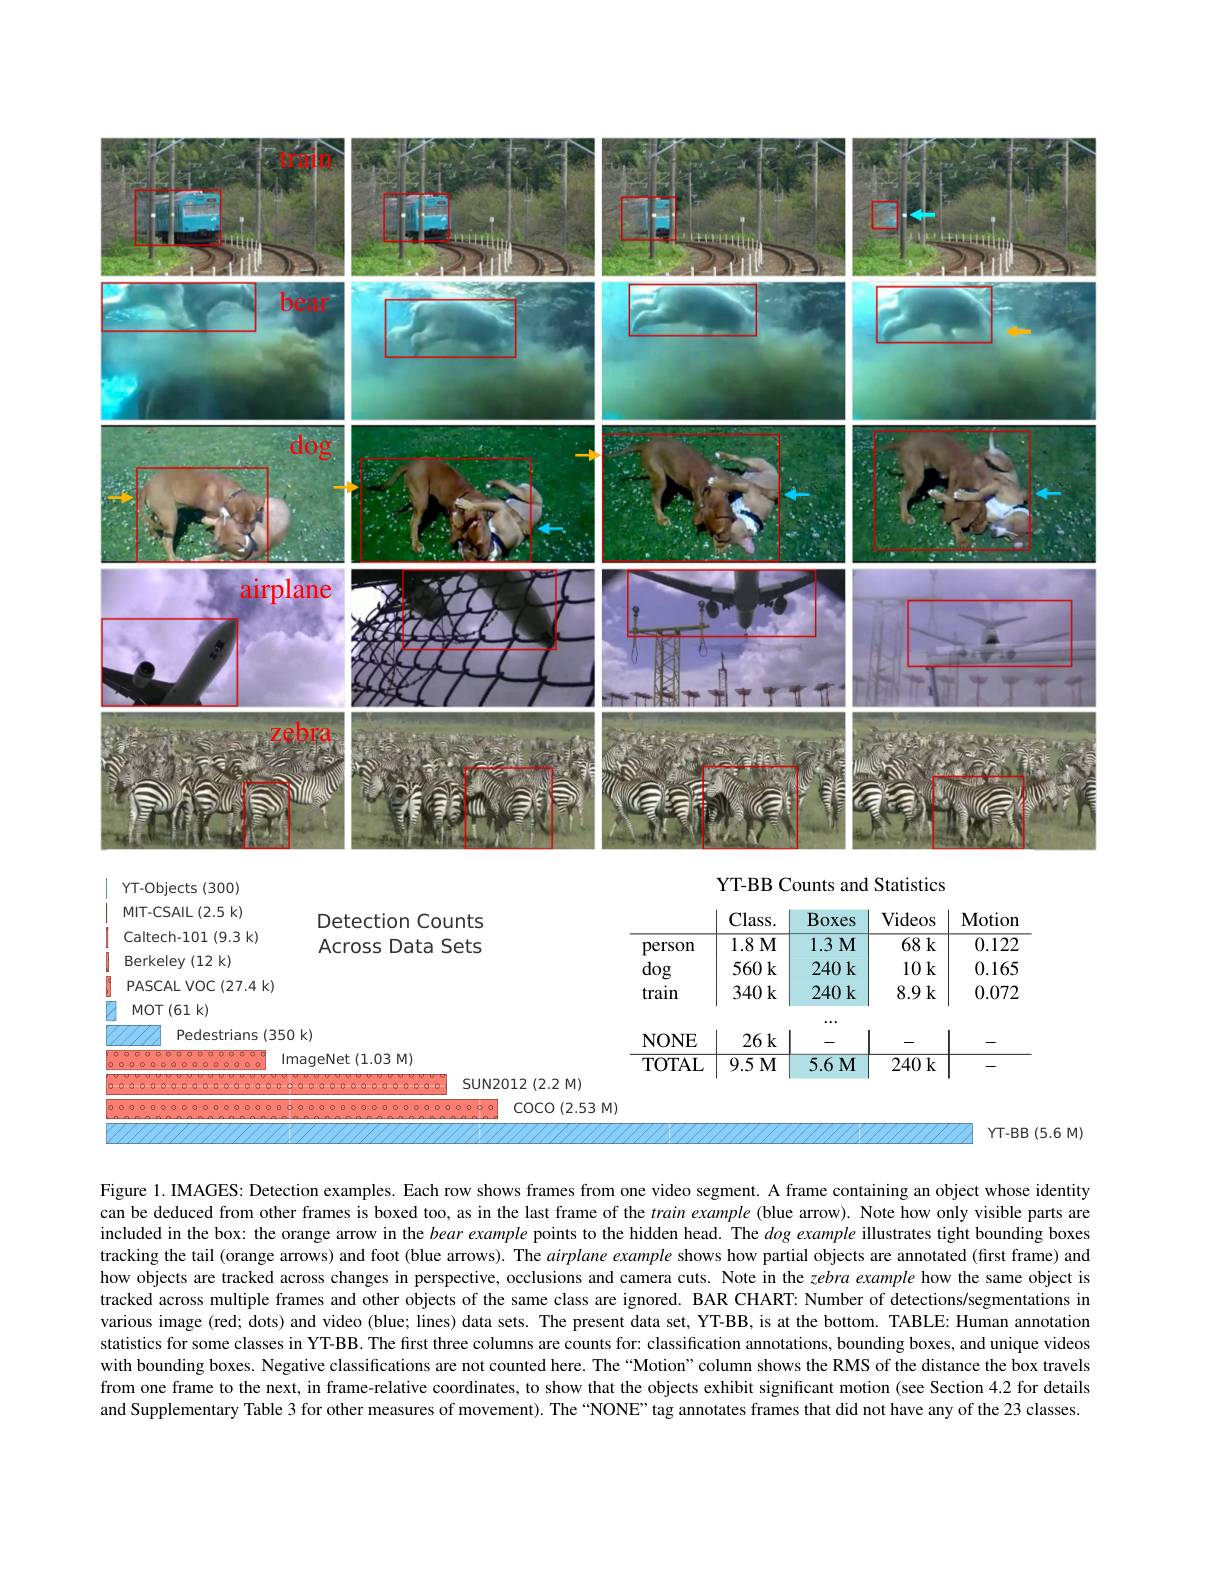
<FigureHere>

YT-BB Counts and Statistics

YT-Objects(300)

<table>
	<tbody>
		<tr>
			<th>MIT-CSAIL(2.5k)</th>
			<th>Detection Counts</th>
			<th> </th>
			<th>$Class.$</th>
			<th>Boxes</th>
			<th>Videos</th>
			<th>Motior</th>
		</tr>
		<tr>
			<td>Caltech-101(9.3k)</td>
			<td>Across Data Sets</td>
			<td>person</td>
			<td>$1.8M$</td>
			<td>$1.3M$</td>
			<td>68k</td>
			<td>$0.12\zeta$</td>
		</tr>
		<tr>
			<td>Berkeley (12 k)</td>
			<td> </td>
			<td>dog</td>
			<td>$560k$</td>
			<td>$240k$</td>
			<td>10 k</td>
			<td>0.165</td>
		</tr>
		<tr>
			<td>PASCAL VOC (27.4 k)</td>
			<td> </td>
			<td>train</td>
			<td>$340k$</td>
			<td>$240k$</td>
			<td>8.9k</td>
			<td>$0.07\zeta$</td>
		</tr>
		<tr>
			<td>$MOT(61k)$</td>
			<td> </td>
			<td> </td>
			<td> </td>
			<td> </td>
			<td> </td>
			<td> </td>
		</tr>
		<tr>
			<td>$5(35C$ Pedestrians 1</td>
			<td>$)k)$</td>
			<td>NONE</td>
			<td>$26k$</td>
			<td> </td>
			<td> </td>
			<td> </td>
		</tr>
		<tr>
			<td>$1r$</td>
			<td>${\mathrm{nageNet~(1.03~M)}}$</td>
			<td>TOTAL</td>
			<td>9.5 M</td>
			<td>$5.6M$</td>
			<td>240k</td>
			<td> </td>
		</tr>
		<tr>
			<td>有 $f_{1}$ T</td>
			<td>COCO(2.53 N</td>
			<td> </td>
			<td> </td>
			<td> </td>
			<td> </td>
			<td> </td>
		</tr>
	</tbody>
</table>

$YT-BB(5.6M)$

Figure 1. IMAGES: Detection examples. Each row shows frames from one video segment. A frame containing an object whose identity can be deduced from other frames is boxed too, as in the last frame of the $train\textit{example( blue arrow) . Note how only visible parts ares ares bing the the the art ares ther the the the the art ar the the the ar the the ar the the ar the the ar the the ar}$ included in the box: the orange arrow in the bear example points to the hidden head. The dog example illustrates tight bounding boxes tracking the tail (orange arrows) and foot (blue arrows). The airplane example shows how partial objects are annotated (first frame) and how objects are tracked across changes in perspective, occlusions and camera cuts. Note in the zebra example how the same object is tracked across multiple frames and other objects of the same class are ignored. BAR CHART: Number of detections/segmentations in various image (red; dots) and video (blue; lines) data sets. The present data set, YT-BB, is at the bottom. TABLE: Human annotation statistics for some classes in YT-BB. The first three columns are counts for: classification annotations, bounding boxes, and unique videos with bounding boxes. Negative classifications are not counted here. The "Motion" column shows the RMS of the distance the box travels from one frame to the next, in frame-relative coordinates, to show that the objects exhibit significant motion (see Section 4.2 for details and Supplementary Table 3 for other measures of movement). The “NONE” tag annotates frames that did not have any of the 23 classes